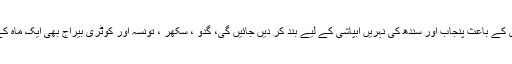
15دسمبر تک تربیلا اور منگلا ڈیم سے پانی کا اخراج صفر ہو جائے گا، سالانہ نہر بندی کے باعث پنجاب اور سندھ کی نہریں آبپاشی کے لیے بند کر دیں جائیں گی، گدو ، سکھر ، تونسہ اور کوٹری بیراج بھی ایک ماہ کے لیے بند کر دیں جائیں گے، صوبوں نے سالانہ نہر بندی کا شیڈول جاری کردیا گیاہے۔